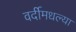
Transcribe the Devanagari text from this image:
वर्दीमधल्या